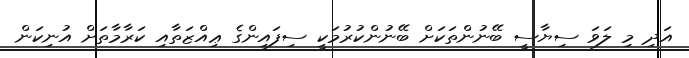
އަދި މި ލަވަ ސިޔާސީ ބޭނުންތަކަށް ބޭނުންކުރުމަކީ ސިފައިންގެ ޢިއްޒަތާއި ކަރާމާތަށް އުނިކަން